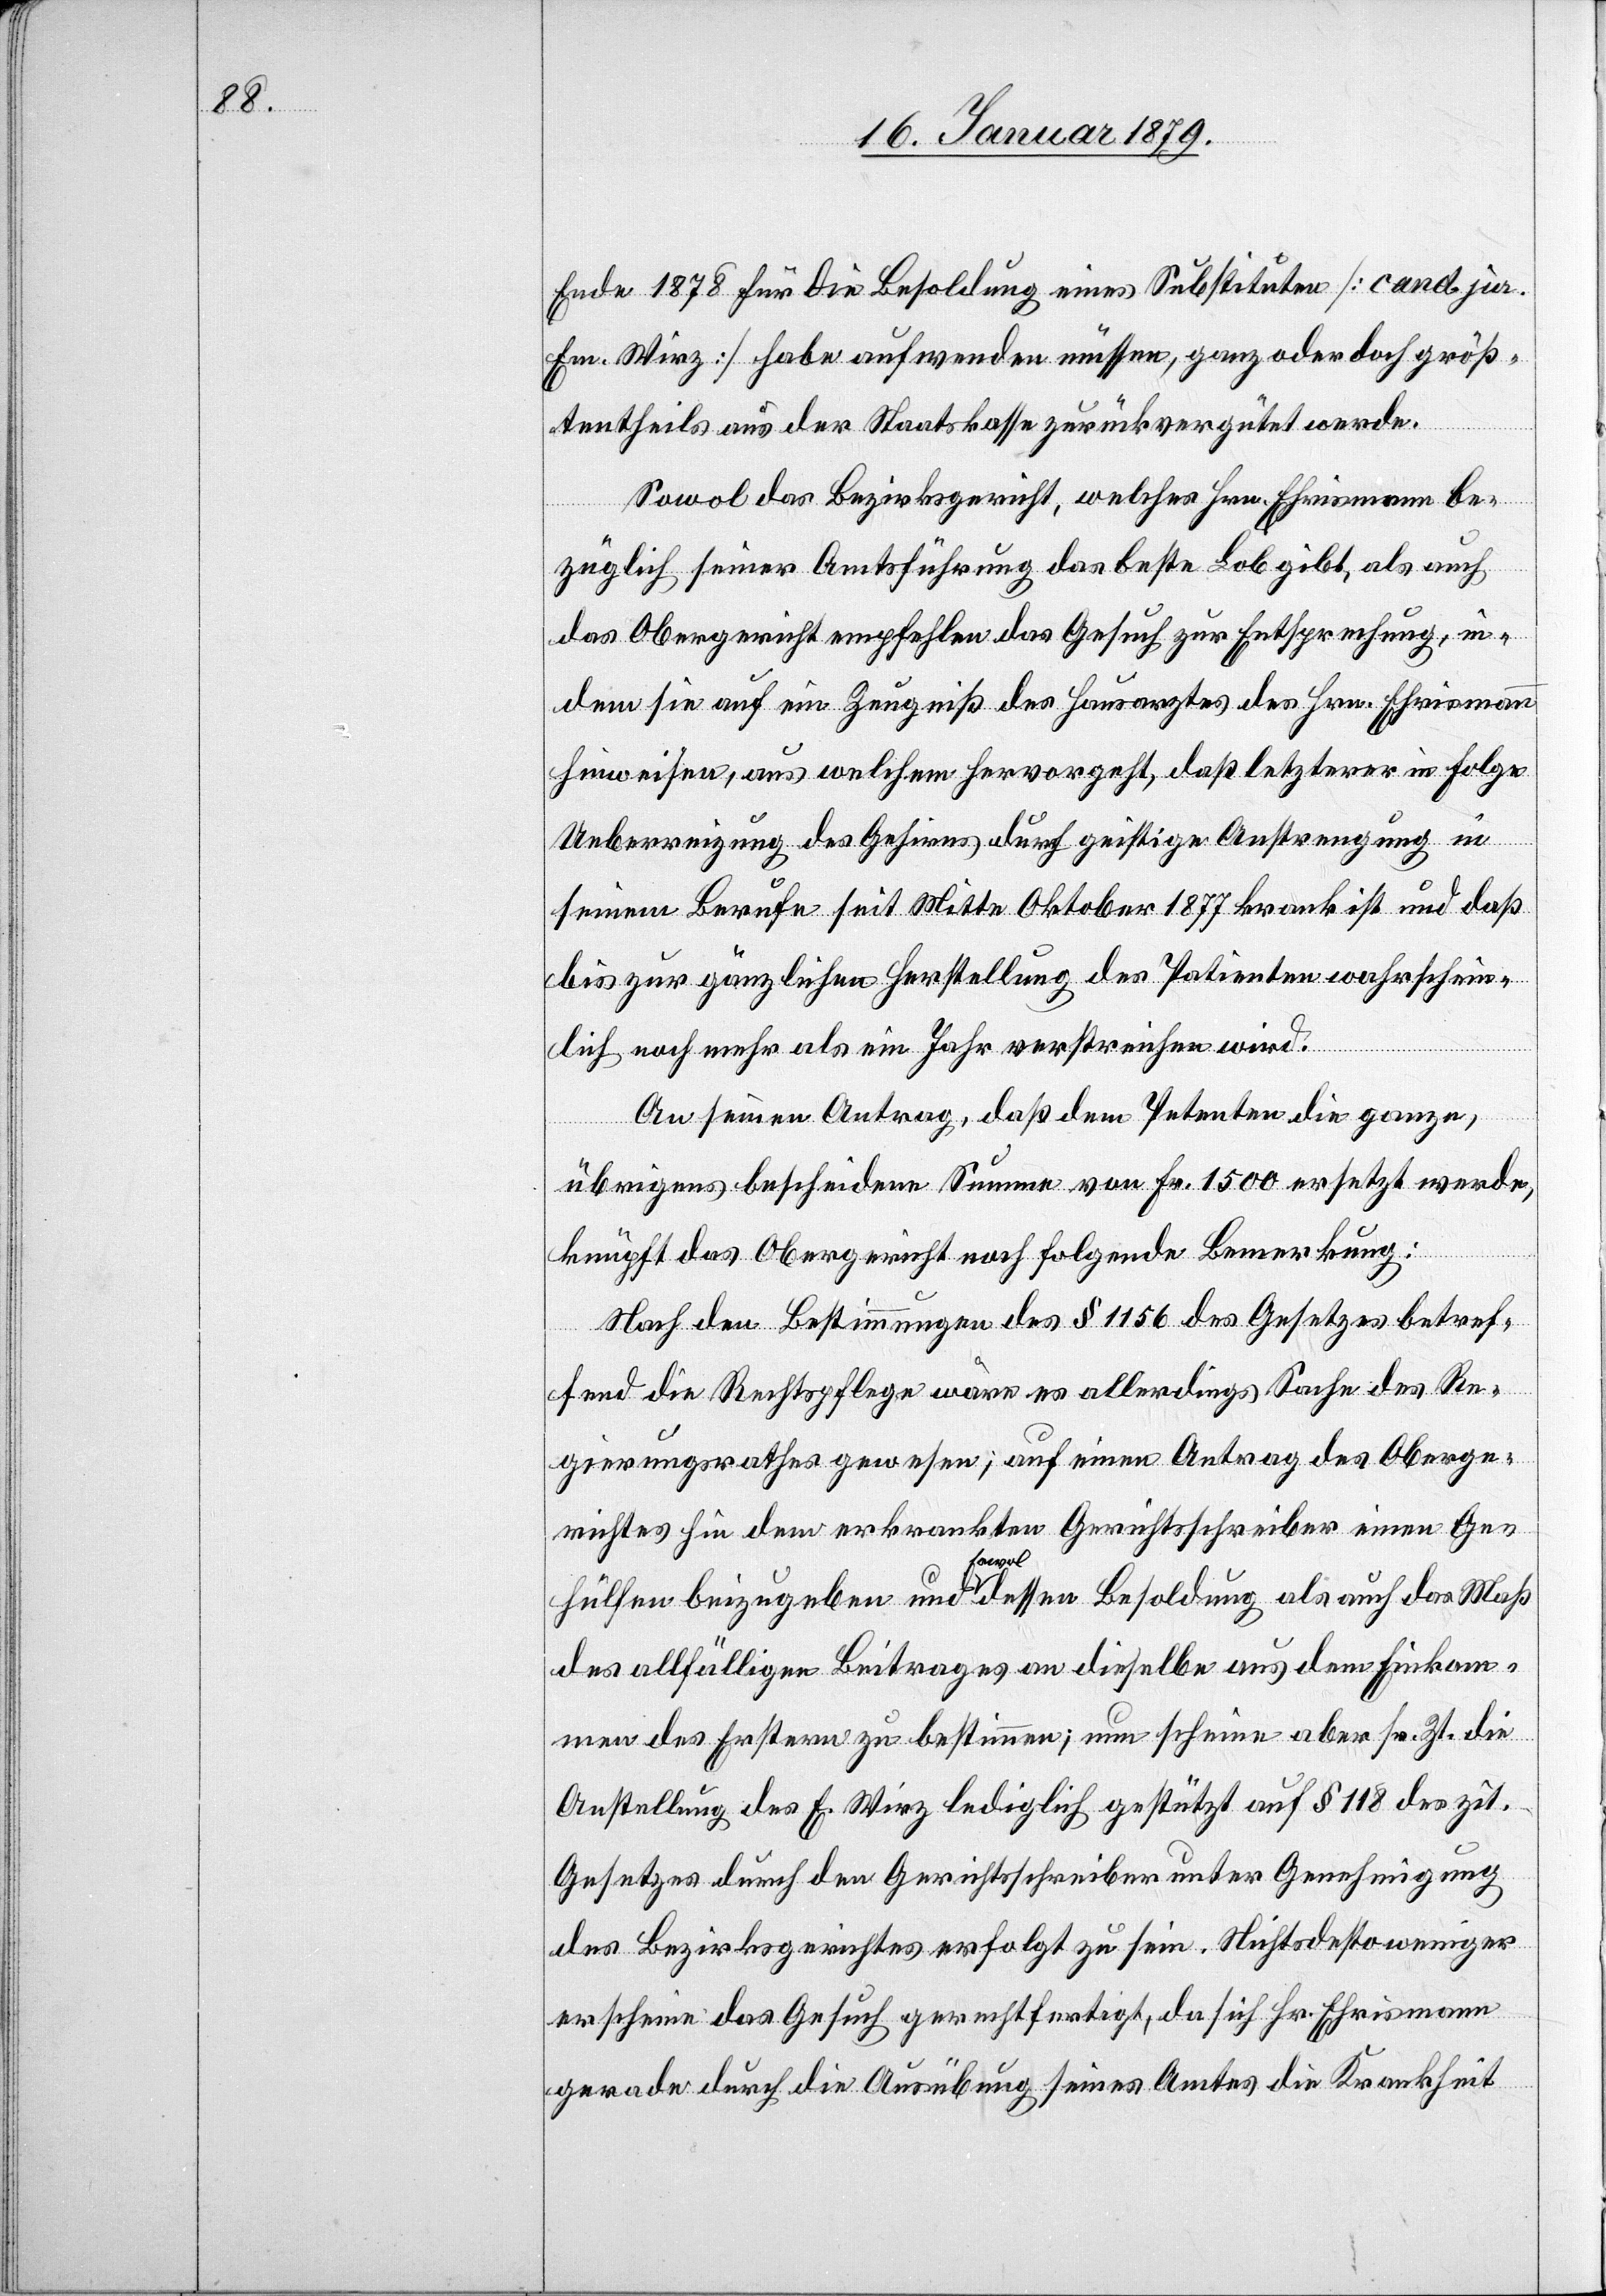
Ende 1878 für die Besoldung eines Substituten [cand. jur.
Em. Wirz] habe aufwenden müssen, ganz oder doch größ¬
tentheils aus der Staatskasse zurückvergütet werde.
Sowol das Bezirksgericht, welches Hrn. Ehrismann be¬
das Obergericht empfehlen das Gesuch zur Entsprechung, in¬
dem sie auf ein Zeugniß des Hausarztes des Hrn. Ehrismann
hinweisen, aus welchem hervorgeht, daß letzterer in Folge
Ueberreizung des Gehirns durch geistige Anstrengung in
seinem Berufe seit Mitte Oktober 1877 krank ist und daß
bis zur gänzlichen Herstellung des Patienten wahrschein¬
lich noch mehr als ein Jahr verstreichen wird.
An seinen Antrag, daß dem Petenten die ganze,
übrigens bescheidene Summe von Fr. 1500 ersetzt werde,
knüpft das Obergericht noch folgende Bemerkung:
Nach den Bestimmungen des § 1156 des Gesetzes betref¬
fend die Rechtspflege wäre es allerdings Sache des Re¬
gierungsrathes gewesen, auf einen Antrag des Oberge¬
richtes hin dem erkrankten Gerichtsschreiber einen Ge¬
treffend
hülfen beizugeben und a-sowol-a dessen Besoldung als auch das Maß
des allfälligen Beitrages an dieselbe aus dem Einkom¬
men des Erstern zu bestimmen; nun scheine aber sr. Zt. die
Anstellung des E. Wirz lediglich gestützt auf § 118 des zit.
Gesetzes durch den Gerichtsschreiber unter Genehmigung
des Bezirksgerichtes erfolgt zu sein. Nichtsdestoweniger
erscheine das Gesuch gerechtfertigt, da sich Hr. Ehrismann
gerade durch die Ausübung seines Amtes die Krankheit